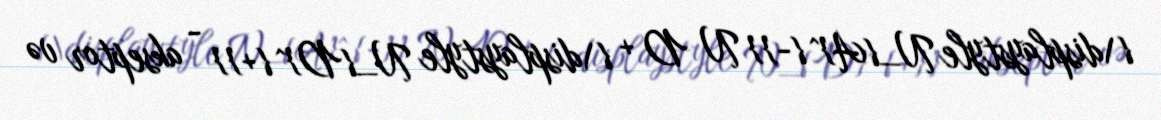
{\displaystyle N_{A}^{-}} N D + {\displaystyle N_{D}^{+}} - akseptor və